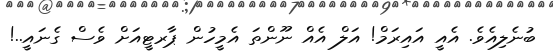
ބުނެލިއެވެ. އެއީ އައިރަމް! އަލް އެއް ނޫންތަ އެމީހުން ޕާރޓީއަށް ވެސް ގެނައީ..!